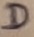
Text: D